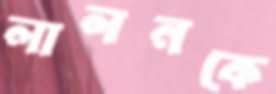
লালনকে